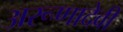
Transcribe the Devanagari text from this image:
अरूणादेवी